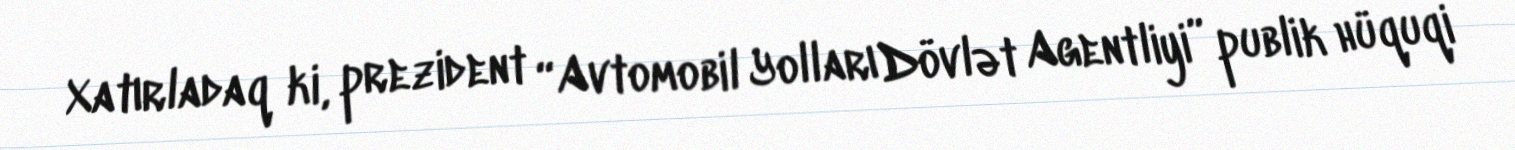
Xatırladaq ki, prezident “Avtomobil Yolları Dövlət Agentliyi” publik hüquqi